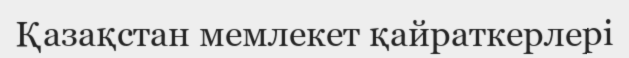
Қазақстан мемлекет қайраткерлері